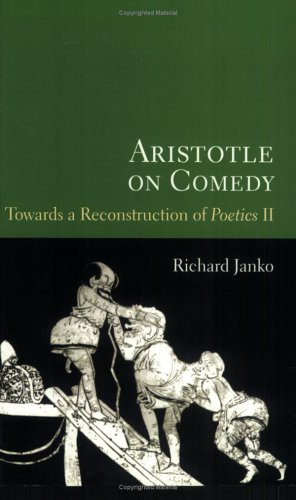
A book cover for Aristotle on Comedy: Towards a Reconstruction of Poetics II; Richard Janko; Literature & Fiction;